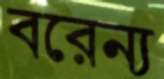
বরেন্য